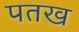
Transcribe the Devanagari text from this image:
पतख